Civil Veterinary Department Bihar & Orissa reports 1922-29 - 1922-1929
Year: 1922
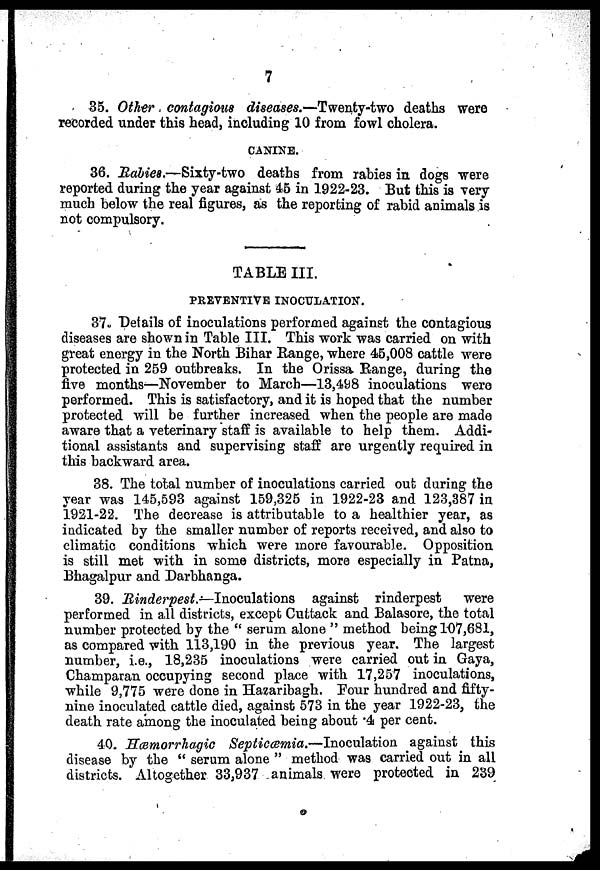
7
35. Other contagious diseases.—Twenty-two deaths were
recorded under this head, including 10 from fowl cholera.
CANINE.
36. Rabies,—Sixty-two deaths from rabies in dogs were
reported during the year against 45 in 1922-23. But this is very
much below the real figures, as the reporting of rabid animals is
not compulsory.
TABLE III.
PREVENTIVE INOCULATION.
37. Details of inoculations performed against the contagious
diseases are shown in Table III. This work was carried on with
great energy in the North Bihar Range, where 45,008 cattle were
protected in 259 outbreaks. In the Orissa Range, during the
five months—November to March—13,498 inoculations were
performed. This is satisfactory, and it is hoped that the number
protected will be further increased when the people are made
aware that a veterinary staff is available to help them. Addi-
tional assistants and supervising staff are urgently required in
this backward area.
38. The total number of inoculations carried out during the
year was 145,593 against 159,325 in 1922-23 and 123,387 in
1921-22. The decrease is attributable to a healthier year, as
indicated by the smaller number of reports received, and also to
climatic conditions which were more favourable. Opposition
is still met with in some districts, more especially in Patna,
Bhagalpur and Darbhanga.
39. Rinderpest.—Inoculations against rinderpest were
performed in all districts, except Cuttack and Balasore, the total
number protected by the " serum alone " method being 107,681,
as compared with 113,190 in the previous year. The largest
number, i.e., 18,235 inoculations were carried out in Gaya,
Champaran occupying second place with 17,257 inoculations,
while 9,775 were done in Hazaribagh. Four hundred and fifty-
nine inoculated cattle died, against 573 in the year 1922-23, the
death rate among the inoculated being about 4 per cent.
40. Mcemorrhagic Septicemia.—Inoculation against this
disease by the " serum alone " method was carried out in all
districts. Altogether 33,937 animals were protected in 239